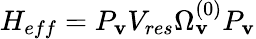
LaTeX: H_{eff}=P_{\mathbf{v}}V_{res}\Omega_{\mathbf{v}}^{(0)}P_{\mathbf{v}}